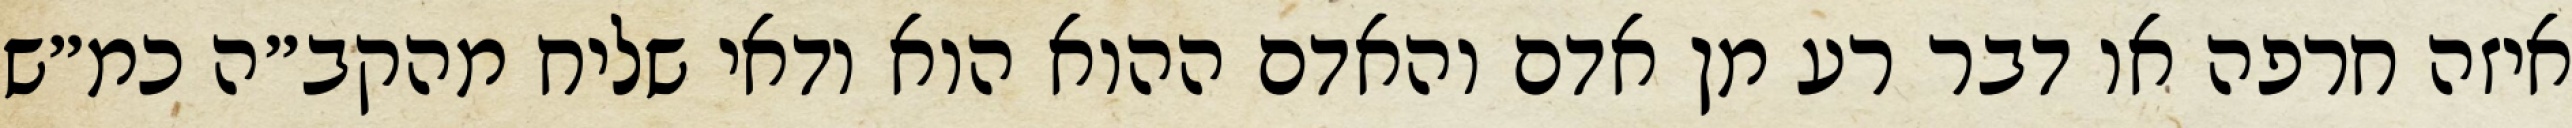
איזה חרפה או דבר רע מן אדם והאדם ההוא הוא ודאי שליח מהקב״ה כמ״ש